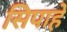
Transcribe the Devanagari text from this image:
सिपाहे